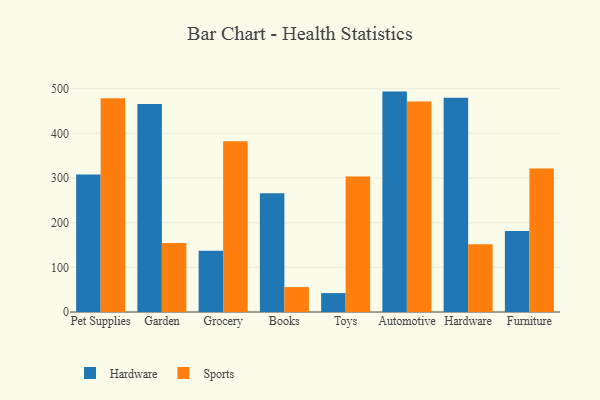
{"axis": {"x": "Category", "y": "Gross Profit (USD K)"}, "legend": ["Hardware", "Sports"], "data": [{"x": "Pet Supplies", "y": 308.0, "type": "Hardware"}, {"x": "Pet Supplies", "y": 478.4, "type": "Sports"}, {"x": "Garden", "y": 465.5, "type": "Hardware"}, {"x": "Garden", "y": 154.6, "type": "Sports"}, {"x": "Grocery", "y": 137.2, "type": "Hardware"}, {"x": "Grocery", "y": 382.2, "type": "Sports"}, {"x": "Books", "y": 265.8, "type": "Hardware"}, {"x": "Books", "y": 55.8, "type": "Sports"}, {"x": "Toys", "y": 42.3, "type": "Hardware"}, {"x": "Toys", "y": 303.3, "type": "Sports"}, {"x": "Automotive", "y": 493.4, "type": "Hardware"}, {"x": "Automotive", "y": 471.2, "type": "Sports"}, {"x": "Hardware", "y": 479.5, "type": "Hardware"}, {"x": "Hardware", "y": 151.4, "type": "Sports"}, {"x": "Furniture", "y": 181.4, "type": "Hardware"}, {"x": "Furniture", "y": 321.0, "type": "Sports"}]}